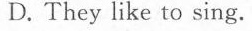
D.They like to sing.